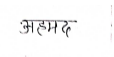
मजकूर: अहमद